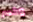
وكسر